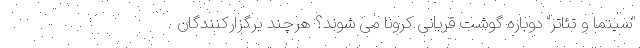
"سینما و تئاتر" دوباره گوشت قربانی کرونا می شوند؟ هرچند برگزارکنندگان